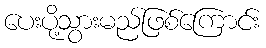
ပေးပို့သွားမည်ဖြစ်ကြောင်း